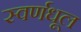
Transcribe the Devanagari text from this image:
स्वर्णधूल